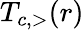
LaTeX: T_{c,>}(r)